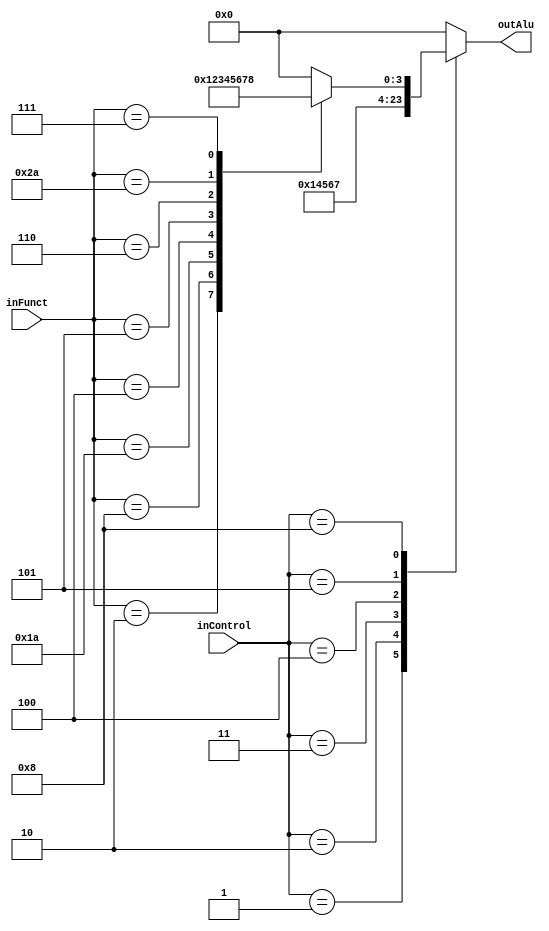
`timescale 1ns /1ps
module ALU_Control(
	input [3:0]inControl,
	input [5:0] inFunct,
	output reg[3:0] outAlu
);
always @(*)
begin
	case(inControl)
		4'd0:outAlu=0;//addi
		4'd1:outAlu=1;//subi
		4'd2:outAlu=4;//andi
		4'd3:outAlu=5;//ori
		4'd4:outAlu=6;//xori
		4'd5:outAlu=7;//slti
		
		4'd8://si inControl=8 hacer funciones de inFunct
		begin
			case(inFunct)
				6'd0:outAlu=0;//add
				6'd2:outAlu=1;//sub
				6'd8:outAlu=2;//mult
				6'b011010:outAlu=3;//div
				6'd4:outAlu=4;//and
				6'd5:outAlu=5;//or
				6'd6:outAlu=6;//xor
				6'b101010:outAlu=7;//slt
				6'd7:outAlu=8;//mod
				default:outAlu=0;
			endcase
		end
		default:outAlu=0;
	endcase		
end
endmodule